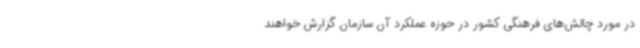
در مورد چالش‌های فرهنگی کشور در حوزه عملکرد آن سازمان گزارش خواهند